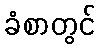
ခံစာတွင်